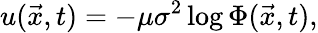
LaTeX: u(\vec{x},t)=-\mu\sigma^{2}\log{\Phi(\vec{x},t)},